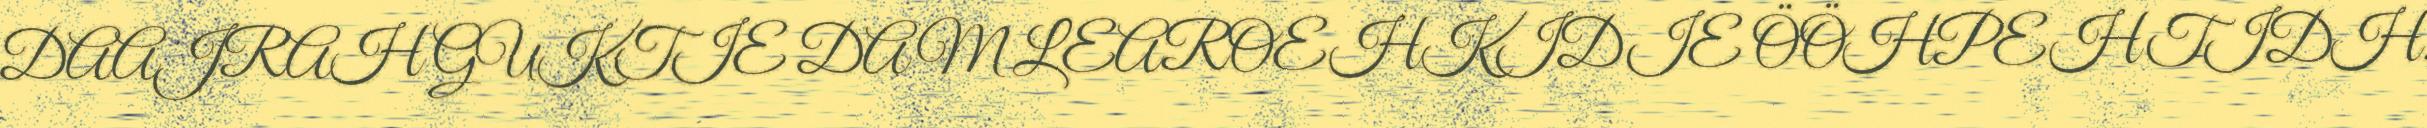
DAAJRAH GUKTIE DAM LEAROEHKIDIE ÖÖHPEHTIDH.